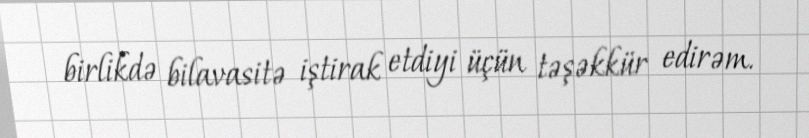
birlikdə bilavasitə iştirak etdiyi üçün təşəkkür edirəm.